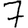
Digit: 7